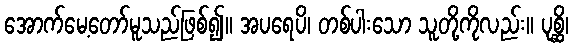
အောက်မေ့တော်မူသည်ဖြစ်၍။ အပရေပိ၊ တစ်ပါးသော သူတို့ကိုလည်း။ ပုစ္ဆိ၊